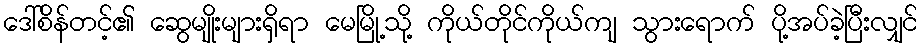
ဒေါ်စိန်တင့်၏ ဆွေမျိုးများရှိရာ မေမြို့သို့ ကိုယ်တိုင်ကိုယ်ကျ သွားရောက် ပို့အပ်ခဲ့ပြီးလျှင်